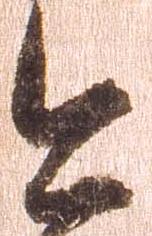
今